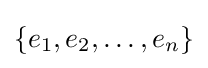
\left\{e_{1},e_{2},\dots ,e_{n}\right\}